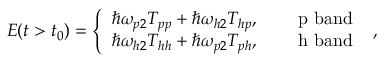
\begin{array} { r } { { \cal E } ( t > t _ { 0 } ) = \left\{ \begin{array} { l l } { \hbar \omega _ { p 2 } T _ { p p } + \hbar \omega _ { h 2 } T _ { h p } , } & { \quad \mathrm { ~ p ~ b a n d ~ } } \\ { \hbar \omega _ { h 2 } T _ { h h } + \hbar \omega _ { p 2 } T _ { p h } , } & { \quad \mathrm { ~ h ~ b a n d ~ } } \end{array} \right. , } \end{array}